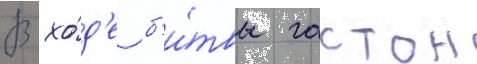
В хо́д'е б'и́твы гастон